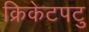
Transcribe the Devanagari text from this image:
क्रिकेटपटु